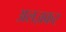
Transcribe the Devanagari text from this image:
अलज़कर